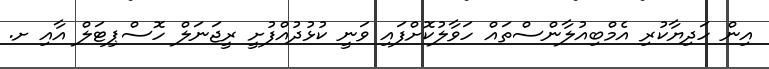
އިން ހަދިޔާކުރި އެމްބިއުލާންސްތައް ހަވާލުކޮށްފައި ވަނީ ކުޅުދުއްފުށީ ރީޖަނަލް ހޮސްޕިޓަލް އާއި ށ.